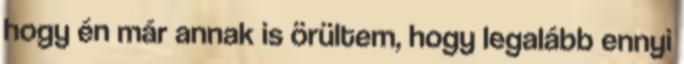
hogy én már annak is örültem, hogy legalább ennyi